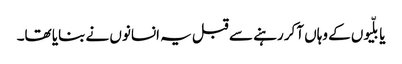
یا بلّیوں کے وہاں آکر رہنے سے قبل یہ انسانوں نے بنایا تھا۔